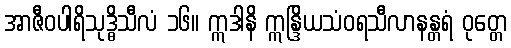
အာဇီဝပါရိသုဒ္ဓိသီလံ ၁၆။ ဣဒါနိ ဣန္ဒြိယသံဝရသီလာနန္တရံ ဝုတ္တေ